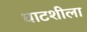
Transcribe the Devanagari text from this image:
घाटशीला